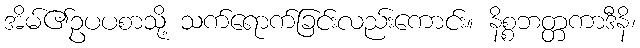
အိမ်၏ဥပပစာသို့ သက်ရောက်ခြင်းလည်းကောင်း။ နိစ္စဘတ္တကာဒီနိ၊